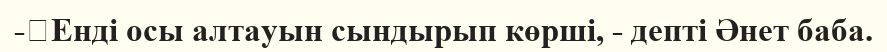
-	Енді осы алтауын сындырып көрші, - депті Әнет баба.